Vital statistics of India. Vol. VI, European troops 1870-79
Year: 1870
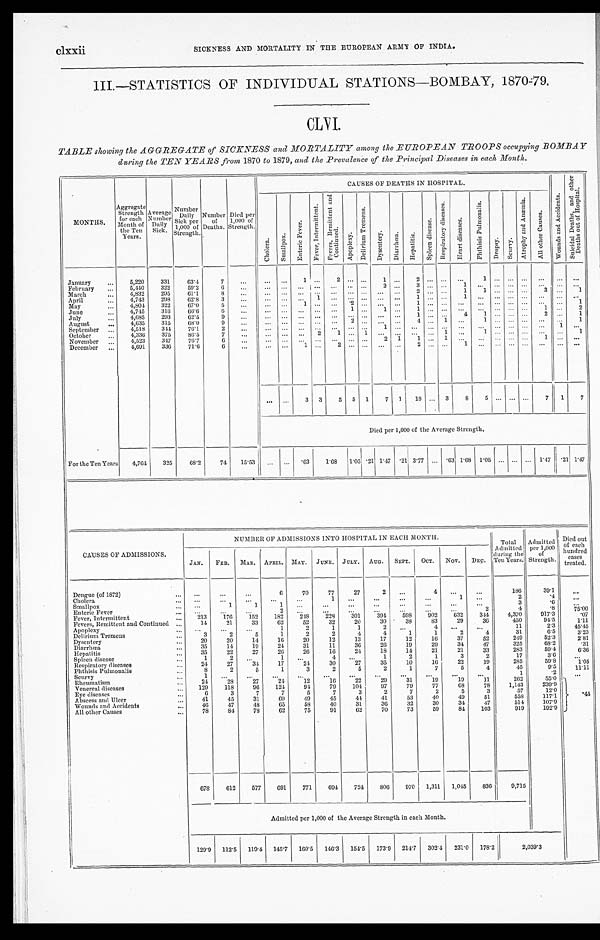
clxxii
SICKNESS AND MORTALITY IN THE EUROPEAN ARMY OF INDIA.
III.—STATISTICS OF INDIVIDUAL STATIONS—BOMBAY, 1870-79.
TABLE showing the AGGREGATE of SICKNESS and MORTALITY among the EUROPEAN TROOPS occupying BOMBAY
during the TEN YEARS from 1870 to 1879, and the Prevalence of the Principal Diseases in each Month.
MONTHS.
Aggregate Strength for each
Month of
the Ten
Years. Average Number Daily Sick.
Number Daily Sick per
1,000 of
Strength. Number of Deaths. Died per
1,000 of
Strength.
CAUSES OF DEATHS IN HOSPITAL.
W o u n d s a n d A c c i d e n t s .
S u i c i d a l D e a t h s , a n d o t h e r
D e a t h s o u t o f H o s p i t a l .
C h o l e r a .
S m a l l p o x .
E n t e r i c F e v e r .
F e v e r , I n t e r m i t t e n t .
F e v e r s , R e m i t t e n t a n d
C o n t i n u e d .
A p o p l e x y .
D e l i r i u m T r e m e n s .
D y s e n t e r y .
D i a r r h œ a .
H e p a t i t i s .
S p l e e n d i s e a s e .
R e s p i r a t o r y d i s e a s e s .
H e a r t d i s e a s e s .
P h t h i s i s P u l m o n a l i s .
Dr o p s y . S c u r v y .
A t r o p h y a n d A n æ m i a .
A l l o t h e r c a u s e s .
January
5,220 331 63.4 7
1
2
1
2
1
February
5,440 322 59.2
6
2
3
1
March
4,832 295 61.1
8
2
1 1
3
1
April
4,743 298 62.8 3
1
1
1
May
4,804 322 67.0 5
1
.2
1
1
June
4,745 316 66.6 6
1
1
1
1
2
July
4,685 293 62.5
9
1
4
1
2
1
August
4,635 315 68.0 9
2
4
1
1
1
September
4,518 344 76.1
2
1
1
October
4,336 375 86.5 7
2 1
1
1
1
1
November
4,523 347 76.7
6
2 1
1 1
1
December
4,691 336 71.6 6
1
2
2
1
3 3 5 5 1 7 1 18
3 8 5
7 1 7
Died per 1,000 of the Average Strength.
For the Ten Years 4,764 325 68.2 74 15.53
. 63 1. 68 1.05 .21 1.47 .21 3.77 .63 1.68 1.05
1.47
. 2 1
1 . 4 7
CAUSES OF ADMISSIONS.
NUMBER OF ADMISSIONS INTO HOSPITAL IN EACH MONTH.
Total Admitted during the
Ten Years. Admi t t ed
per 1, 000
of St rengt h.
Died out
of each
hundred cases treated.
J AN. FEB. MAR. APRIL. MAY. JUNE. JULY. AUG. SEPT. OCT. NOV. DEC.
Dengue (of 1872)
6 70 77 27
2
4
186
39. 1
Cholera
1
1
2
.4
Smallpox
1
1
1
3
. 6
Enteric Fever
2
2
4
.8 75. 00
Fever, Intermittent
2 1 3 176 152 182 248 228 301 394 598 902 632 344 4,370 917.3
.07
Fevers, Remittent and Continued
14 21 33 62 52 32 20 30 38 83 29 36
450
94.5
1. 11
Apoplexy
1
2
1
1
2
4
11
2.3 45. 45
Delirium Tremens
3
2
5
1
2
2
4
4
1
1
2
4
31
6. 5
3. 23
Dysentery
20 20 14 16 20 12 13 17 12 16 37 52
249
52.3
2. 81
Diarrhœa
35 14 19 24 31 11 36 26 19 29 34 47
325
68.2
.31
Hepatitis
35 22 27 26 26 16 24 18 14 21 21 33
283
59.4
6. 36
Spleen disease
1
2
1
4
1
2
1
3
2
17
3. 6
Respiratory diseases
24 27 34 17 24 30 27 35 10 16 22 19
285
59.8
1. 05
Phthisis Pulmonalis
8
2
5
1
3
2
5
2
1
7
5
4
45
9. 5 11. 11
Scurvy
1
1
.2
Rheumatism
24 28 27 24 12
1 6
22 29 31 19 19 11
262
55.0
. 4 4
Venereal diseases
129 118 96 124 94 79 104 97 79 77 68 78 1,143 239.9
Eye diseases
6
3
7
7
5
7
3
2
7
2
5
3
57
12.0
Abscess and Ulcer
41 45 31 69 49 45 44 41 53 40 49 51
558 117.1
Wounds and Accidents
46 47 48 65 58 40 31 36 32 30 34 47
514 107.9
All other Causes
78 84 78 62 75 91 62 70 73 59 84 103
919 192.9
678 612 577 691 771 694 724 806 970 1,311 1,045 836 9,715
Admitted per 1,000 of the Average Strength in each Month.
129.9 112.5 119.4 145.7 160.5 146.3 154.5 173.9 214.7 302.4 231.0 178.2
2 , 0 3 9 . 3